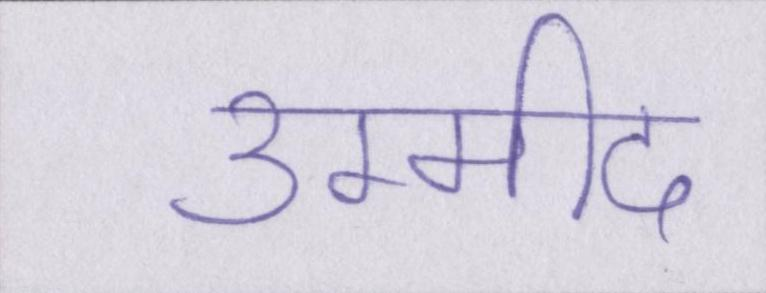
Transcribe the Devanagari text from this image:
उम्मीद